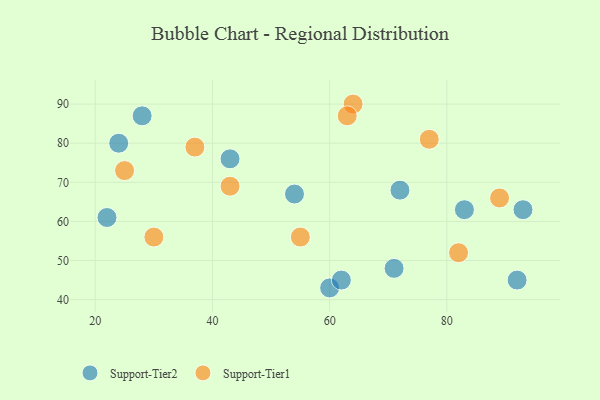
{"axis": {"x": "GDP", "y": "Life Expectancy"}, "legend": ["Support-Tier1", "Support-Tier2"], "data": [{"x": "93", "y": 63, "type": "Support-Tier2"}, {"x": "24", "y": 80, "type": "Support-Tier2"}, {"x": "83", "y": 63, "type": "Support-Tier2"}, {"x": "72", "y": 68, "type": "Support-Tier2"}, {"x": "43", "y": 76, "type": "Support-Tier2"}, {"x": "22", "y": 61, "type": "Support-Tier2"}, {"x": "28", "y": 87, "type": "Support-Tier2"}, {"x": "60", "y": 43, "type": "Support-Tier2"}, {"x": "71", "y": 48, "type": "Support-Tier2"}, {"x": "92", "y": 45, "type": "Support-Tier2"}, {"x": "54", "y": 67, "type": "Support-Tier2"}, {"x": "62", "y": 45, "type": "Support-Tier2"}, {"x": "43", "y": 69, "type": "Support-Tier1"}, {"x": "77", "y": 81, "type": "Support-Tier1"}, {"x": "89", "y": 66, "type": "Support-Tier1"}, {"x": "64", "y": 90, "type": "Support-Tier1"}, {"x": "63", "y": 87, "type": "Support-Tier1"}, {"x": "55", "y": 56, "type": "Support-Tier1"}, {"x": "25", "y": 73, "type": "Support-Tier1"}, {"x": "37", "y": 79, "type": "Support-Tier1"}, {"x": "82", "y": 52, "type": "Support-Tier1"}, {"x": "30", "y": 56, "type": "Support-Tier1"}]}